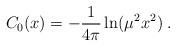
LaTeX: \begin{align*}C_0(x) = -\frac{1}{4\pi} \ln(\mu^2 x^2) \; .\end{align*}